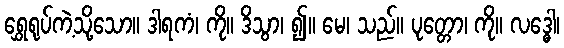
ရွှေရုပ်ကဲ့သို့သော။ ဒါရကံ၊ ကို။ ဒိသွာ၊ ၍။ မေ၊ သည်။ ပုတ္တော၊ ကို။ လဒ္ဓေါ၊